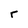
Character: r